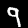
Digit: 9